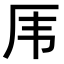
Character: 𠨼